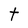
Character: t